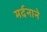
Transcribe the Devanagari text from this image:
मर्दनाने